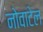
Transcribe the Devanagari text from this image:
नोवाटेल